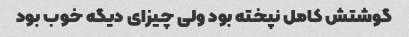
گوشتش کامل نپخته بود ولی چیزای دیگه خوب بود